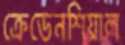
ক্রেডেনশিয়াল